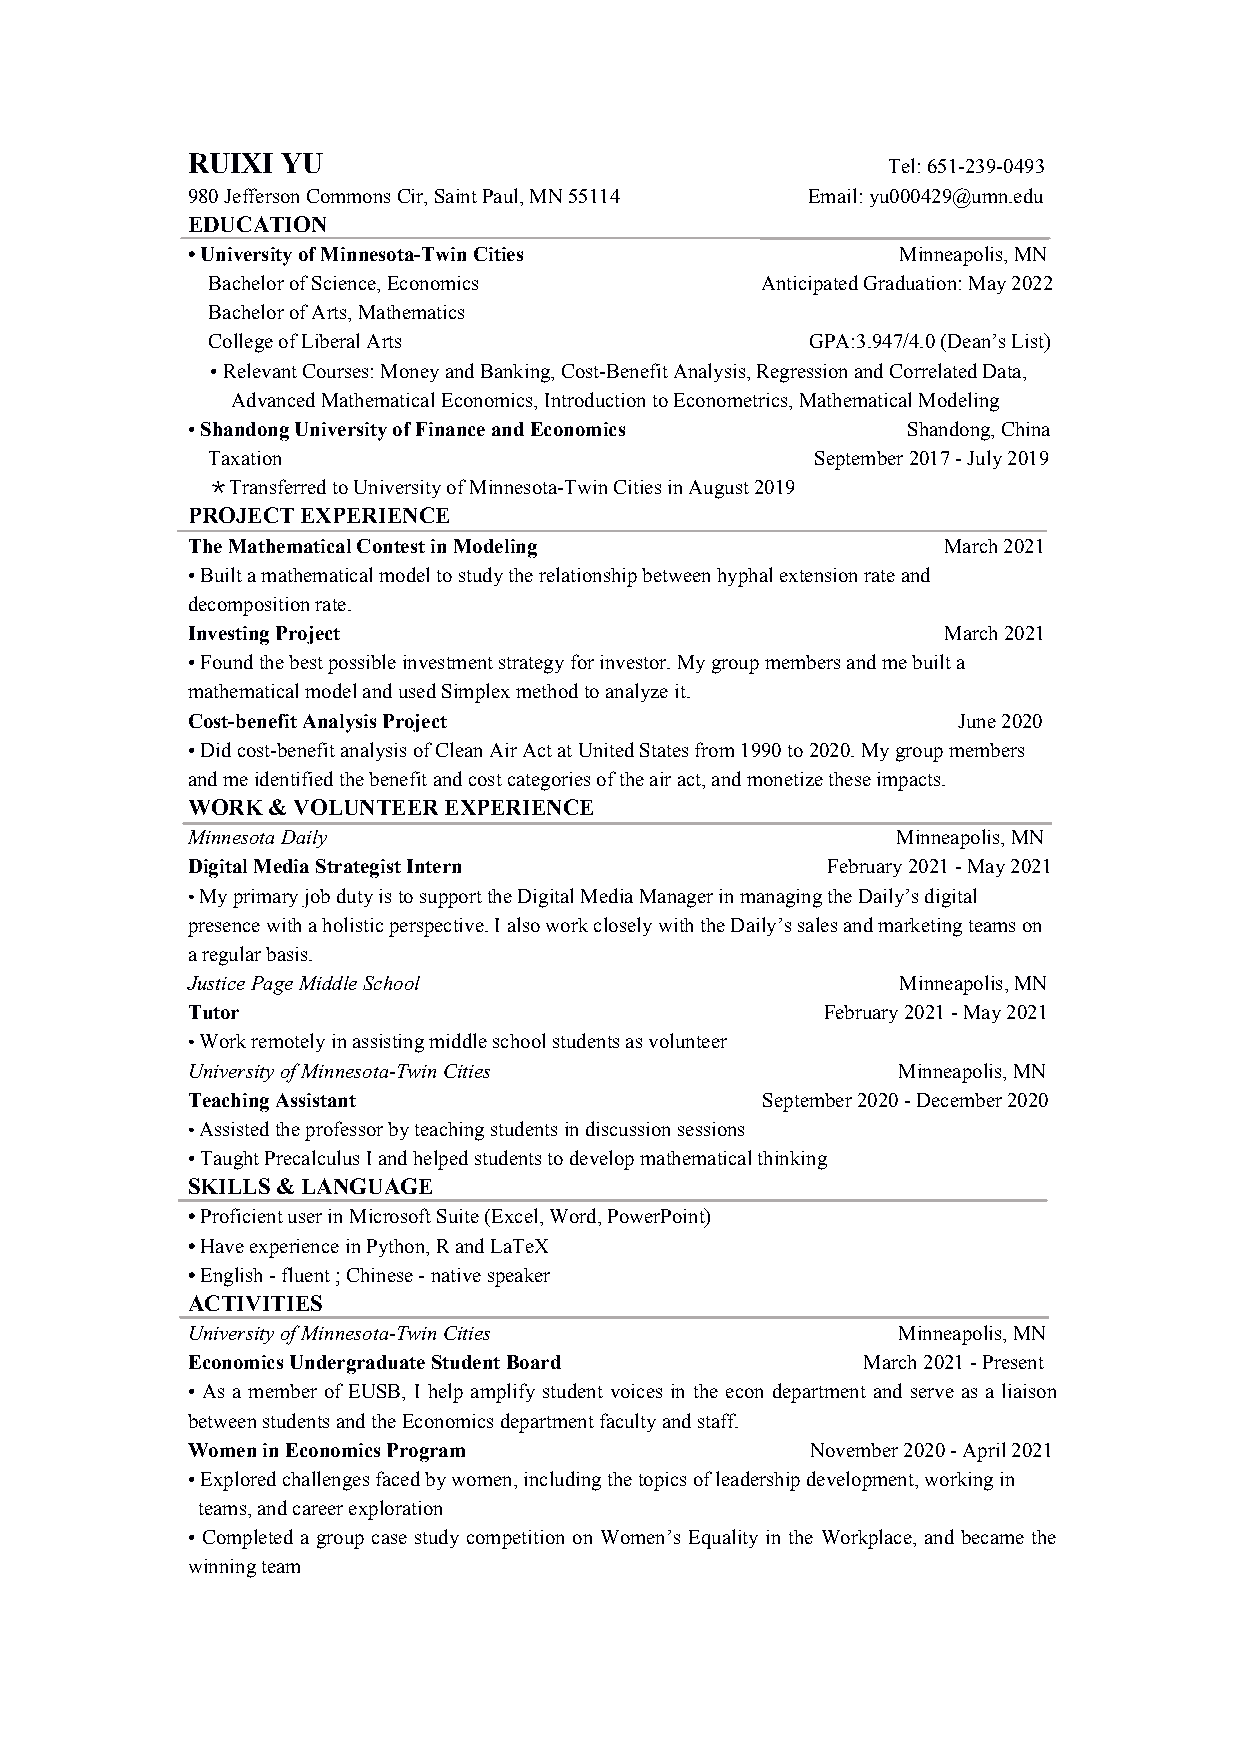
RUIXI  YU                                      Tel:651-239-0493
 980JeffersonCommonsCir,SaintPaul,MN55114 Email:yu000429@umn.edu
 EDUCATION
 •UniversityofMinnesota-TwinCities              Minneapolis,MN
 BachelorofScience,Economics         AnticipatedGraduation:May2022
 BachelorofArts,Mathematics
 CollegeofLiberalArts                    GPA:3.947/4.0(Dean’sList)
 •RelevantCourses:MoneyandBanking,Cost-BenefitAnalysis,RegressionandCorrelatedData,
 AdvancedMathematicalEconomics,IntroductiontoEconometrics,MathematicalModeling
 •ShandongUniversityofFinanceandEconomics        Shandong,China
 Taxation                                September2017-July2019
 ＊TransferredtoUniversityofMinnesota-TwinCitiesinAugust2019
 PROJECTEXPERIENCE
 TheMathematicalContestinModeling                  March2021
 •Builtamathematicalmodeltostudytherelationshipbetweenhyphalextensionrateand
 decompositionrate.
 InvestingProject                                  March2021
 •Foundthebestpossibleinvestmentstrategyforinvestor.Mygroupmembersandmebuilta
 mathematicalmodelandusedSimplexmethodtoanalyzeit.
 Cost-benefitAnalysisProject                        June2020
 •Didcost-benefitanalysisofCleanAirActatUnitedStatesfrom1990to2020.Mygroupmembers
 andmeidentifiedthebenefitandcostcategoriesoftheairact,andmonetizetheseimpacts.
 WORK&VOLUNTEEREXPERIENCE
 MinnesotaDaily                                 Minneapolis,MN
 DigitalMediaStrategistIntern               February2021-May2021
 •MyprimaryjobdutyistosupporttheDigitalMediaManagerinmanagingtheDaily’sdigital
 presencewithaholisticperspective.IalsoworkcloselywiththeDaily’ssalesandmarketingteamson
 aregularbasis.
 JusticePageMiddleSchool                         Minneapolis,MN
 Tutor                                     February2021-May2021
 •Workremotelyinassistingmiddleschoolstudentsasvolunteer
 UniversityofMinnesota-TwinCities               Minneapolis,MN
 TeachingAssistant                     September2020-December2020
 •Assistedtheprofessorbyteachingstudentsindiscussionsessions
 •TaughtPrecalculusIandhelpedstudentstodevelopmathematicalthinking
 SKILLS&LANGUAGE
 •ProficientuserinMicrosoftSuite(Excel,Word,PowerPoint)
 •HaveexperienceinPython,RandLaTeX
 •English-fluent;Chinese-nativespeaker
 ACTIVITIES
 UniversityofMinnesota-TwinCities               Minneapolis,MN
 EconomicsUndergraduateStudentBoard           March2021-Present
 • As a member of EUSB, I help amplify student voices in the econ department and serve as a liaison
 betweenstudentsandtheEconomicsdepartmentfacultyandstaff.
 WomeninEconomicsProgram                   November2020-April2021
 •Exploredchallengesfacedbywomen,includingthetopicsofleadershipdevelopment,workingin
 teams,andcareerexploration
 • Completed a group case study competition on Women’s Equality in the Workplace, and became the
 winningteam